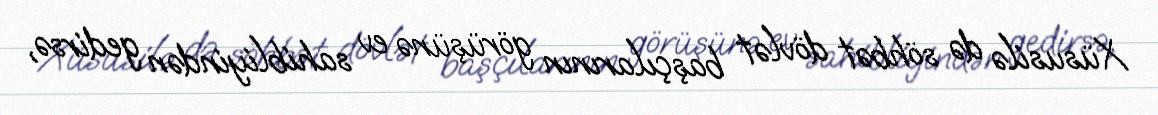
Xüsusilə də söhbət dövlət başçılarının görüşünə ev sahibliyindən gedirsə,